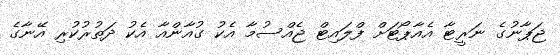
ޖަޕާނުގެ ނަރީޓާ އެއާޕޯޓަށް ފްލައިޓް ޖެއްސުމާ އެކު ގުއާންއާ އެކު ދަތުރުކުރި އޭނާގެ